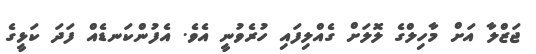
ޖަޒްލާ އަށް މާހިލްގެ ލޮލަށް ގެއްލިފައި ހުރެވުނީ އެވެ. އެފުންކަނޑެއް ފަދަ ކަޅީގެ